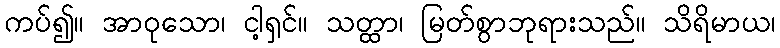
ကပ်၍။ အာဝုသော၊ ငါ့ရှင်။ သတ္ထာ၊ မြတ်စွာဘုရားသည်။ သိရိမာယ၊